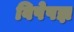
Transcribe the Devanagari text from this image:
विषेषज्ञ